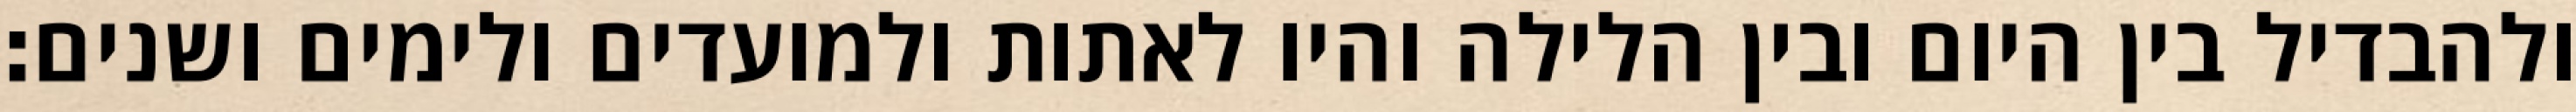
ולהבדיל בין היום ובין הלילה והיו לאתות ולמועדים ולימים ושנים׃